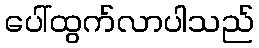
ပေါ်ထွက်လာပါသည်